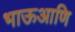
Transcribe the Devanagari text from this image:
भाऊआणि